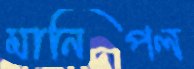
মানিপল